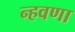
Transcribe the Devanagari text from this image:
न्हवणा